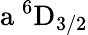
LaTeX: \mathrm{a\ ^{6}D_{3/2}}